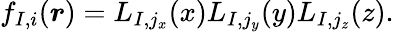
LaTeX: f_{I,i}(\boldsymbol{r})=L_{I,j_{x}}(x)L_{I,j_{y}}(y)L_{I,j_{z}}(z).